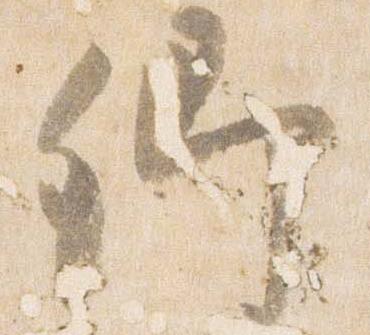
卿